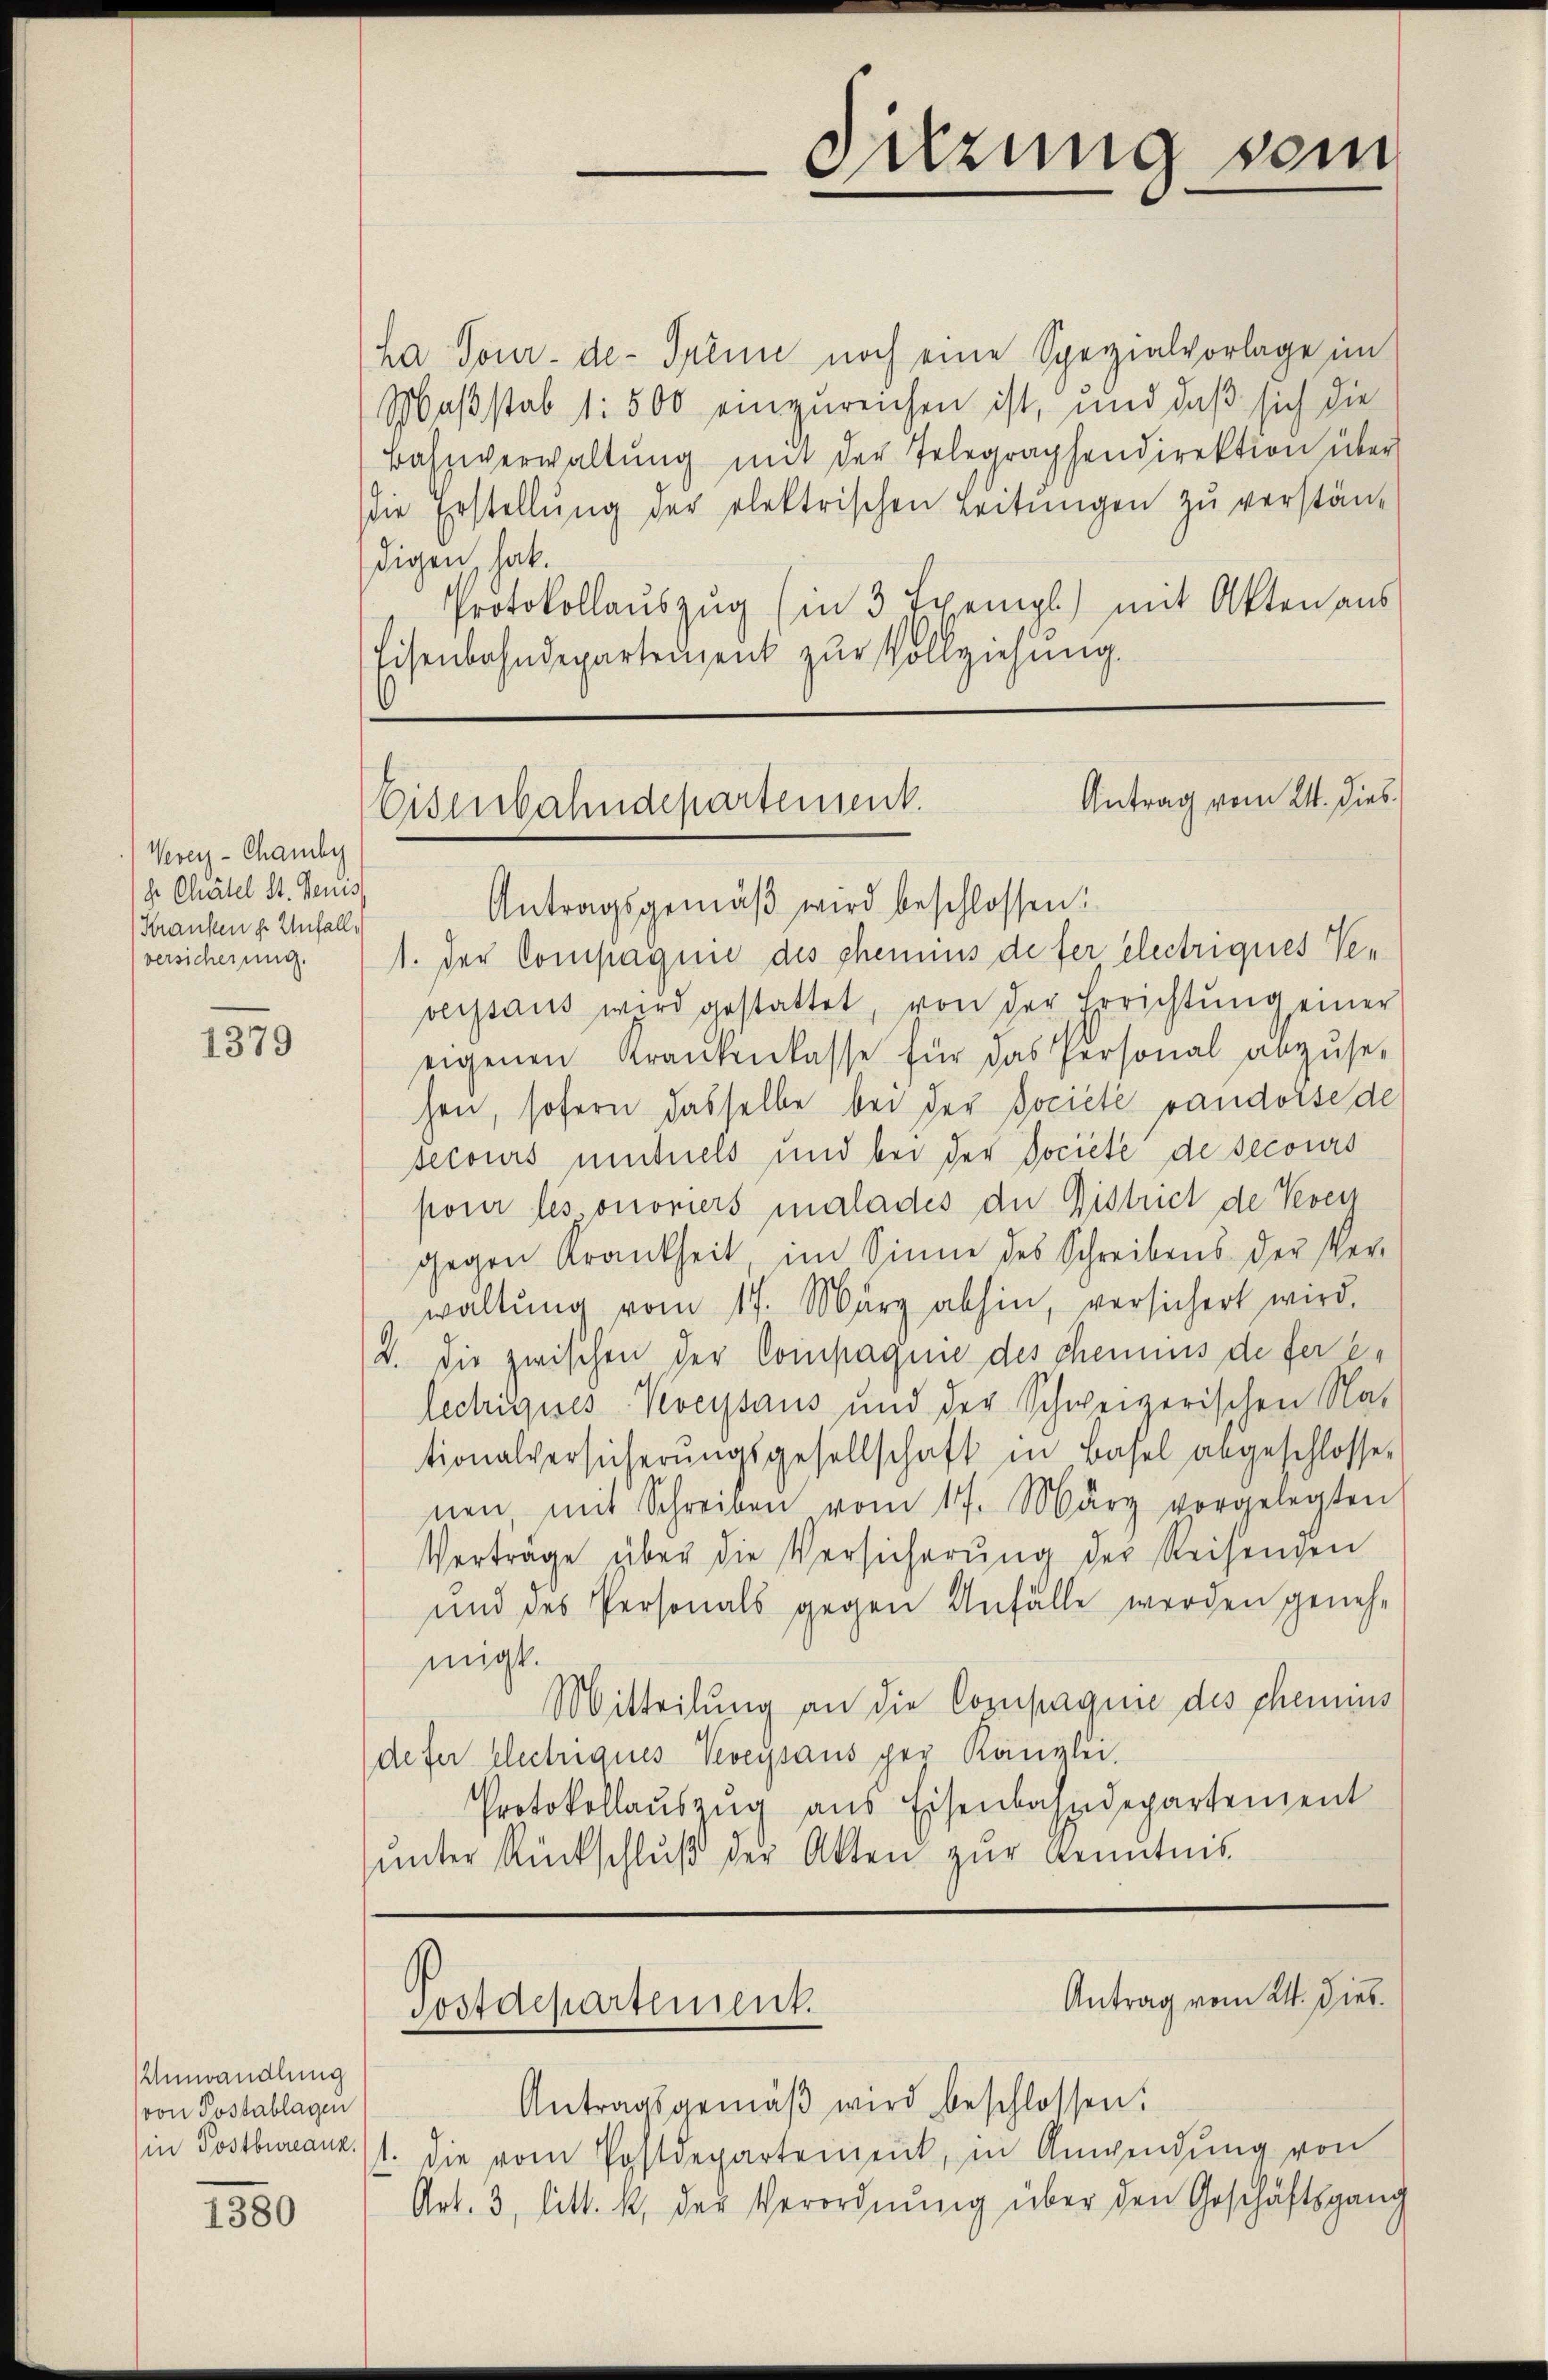
Verenz-Chamby
h. Chätel St. Genus,
Kranken d. Unfall,
versicherung.

1379

Umwandlung
(von Postablagen
in Postbureaux,

1380

ha Tour-de- Trenne noch eine Spezialvorlage im
Maßstab 1: 500 einzureichen ist, und daß sich die
Bahnverwaltŭng mit der Telegraphendirektion über
die Erstellung der elektrischen Leitungen zu verständigen hat.
Protokollauszug (in 3 Exempl) mit Akten aus
Eisenbahndepartenzent zur Vollziehung.

Sizung sein

Antrag vom 24. Dieb
Eisenbahndepartement.

Antragsgemäβ wird beschlossen:
1. Der Compagnie des phennius de fer electriques Veverpaus wird gestattet, von der Errichtŭng einer
eigenen Krankenkasse für das Personal anzuset
hen, sofern dasselbe bei der Société vaudoise de
secours mutuels und bei der Societe de secours
poner les onoriers malades die District de Veven
gegen Krankheit, im Sinne des Schreibens der Ver-
waltŭng vom 17. März abhin, versichert wird.
2. die zwischen der Compagnie des chemnus de ferlectrigues Veveysaus und der Schweizerischen Nat
tionalversicherŭngsgesellschaft in Basel angeschlosse-
nen, mit Schreiben vom 17. März vorgelegten
Vertrage über die Versicherŭng der Reisengen
und des Personals gegen Anfälle werden geneh-
migt.
Mitteilung an die Compagen des chemins
defer electriques Veveysaus per Kanzlei.
Protokollaŭszŭg ans Eisenbahndepartement
unter Rückschluß der Akten zur Kenntnis

sostarepartement.

Antragsgemäβ wird beschlossen:
t. die vom Postdepartement, in Anwendung von
Art. 3, litt. k, der Verordnung über den Geschäftsgang

Antrag vom 24. Dieb.